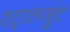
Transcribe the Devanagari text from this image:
श्ट्रालजुंट